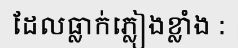
ដែលធ្លាក់ភ្លៀងខ្លាំង :